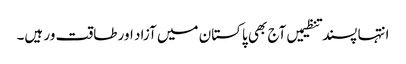
انتہا پسند تنظیمیں آج بھی پاکستان میں آزاد اور طاقت ور ہیں۔